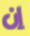
إن